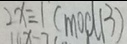
2 x \equiv 1 ( m o d 1 3 )